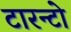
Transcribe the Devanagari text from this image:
टारन्टो